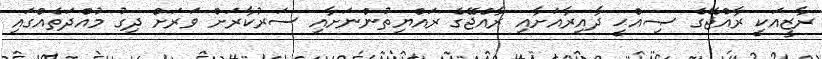
ރާޒީއަކީ ރާއްޖޭގެ ޞިއްޙީ ދާއިރާއަށާއި ރާއްޖޭގެ ރައްޔިތުންނަށާއި ސަރުކާރަށް ވަރަށް ދިގު މުއްދަތެއްގައި